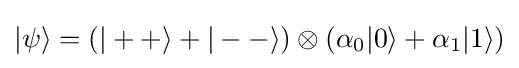
|\psi \rangle =(|++\rangle +|--\rangle )\otimes (\alpha _{0}|0\rangle +\alpha _{1}|1\rangle )